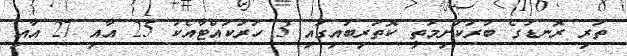
ތަރި ރޮނޑުގެ ބުރަކަށިމަތީ ކޮތަރިބައިގައި 3 ހަރުކައްޓާއެކު 25 އާއި 27 އާއި